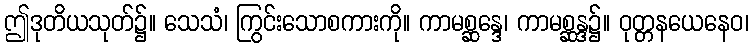
ဤဒုတိယသုတ်၌။ သေသံ၊ ကြွင်းသောစကားကို။ ကာမစ္ဆန္ဒေ၊ ကာမစ္ဆန္ဒ၌။ ဝုတ္တနယေနေဝ၊